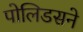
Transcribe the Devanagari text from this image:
पोलिडसने